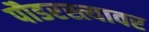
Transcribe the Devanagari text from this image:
पौडरस्त्यावर